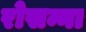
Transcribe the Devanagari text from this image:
रोसन्ना